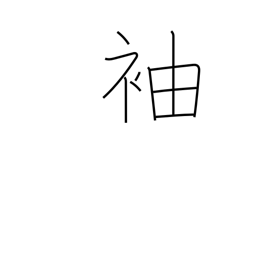
Meaning: wing (building)